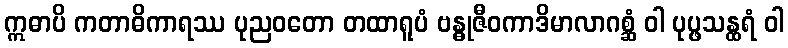
ဣဓာပိ ကတာဓိကာရဿ ပုညဝတော တထာရူပံ ဗန္ဓုဇီဝကာဒိမာလာဂစ္ဆံ ဝါ ပုပ္ဖသန္ထရံ ဝါ